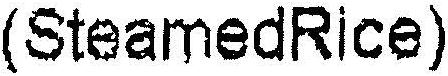
(STEAMEDRICE)